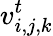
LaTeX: v_{i,j,k}^{t}